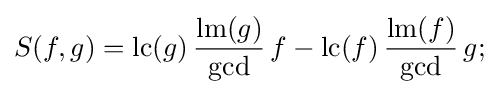
S(f,g)=\operatorname {lc} (g)\,{\frac {\operatorname {lm} (g)}{\mathrm {gcd} }}\,f-\operatorname {lc} (f)\,{\frac {\operatorname {lm} (f)}{\mathrm {gcd} }}\,g;